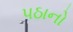
પઠાનો